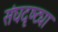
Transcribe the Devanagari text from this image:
संघदृष्ट्या